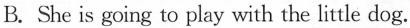
B. She is going to play with the little dog.